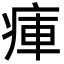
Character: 㾝